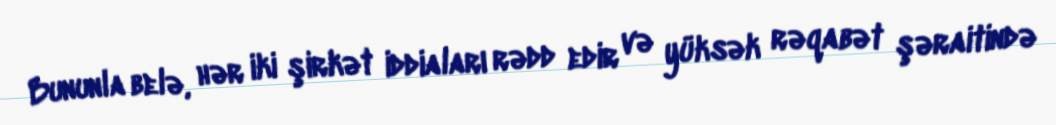
Bununla belə, hər iki şirkət iddiaları rədd edir və yüksək rəqabət şəraitində